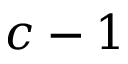
c - 1